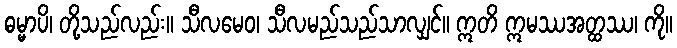
ဓမ္မာပိ၊ တို့သည်လည်း။ သီလမေဝ၊ သီလမည်သည်သာလျှင်။ ဣတိ ဣမဿအတ္ထဿ၊ ကို။